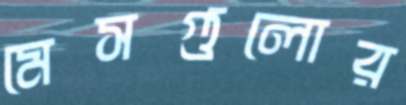
মেসগুলোর